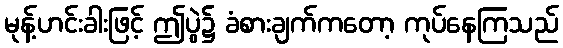
မုန့်ဟင်းခါးဖြင့် ဤပွဲ၌ ခံစားချက်ကတော့ ကုပ်နေကြသည်